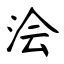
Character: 浍